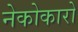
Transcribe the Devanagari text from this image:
नेकोकारो